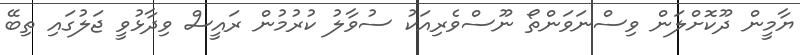
ޔާމީން ދޫކޮށްލަން ވިސްނަވަންތޯ ނޫސްވެރިއަކު ސުވާލު ކުރުމުން ރައީސް ވިދާޅުވީ ޖަލުގައި ތިބޭ